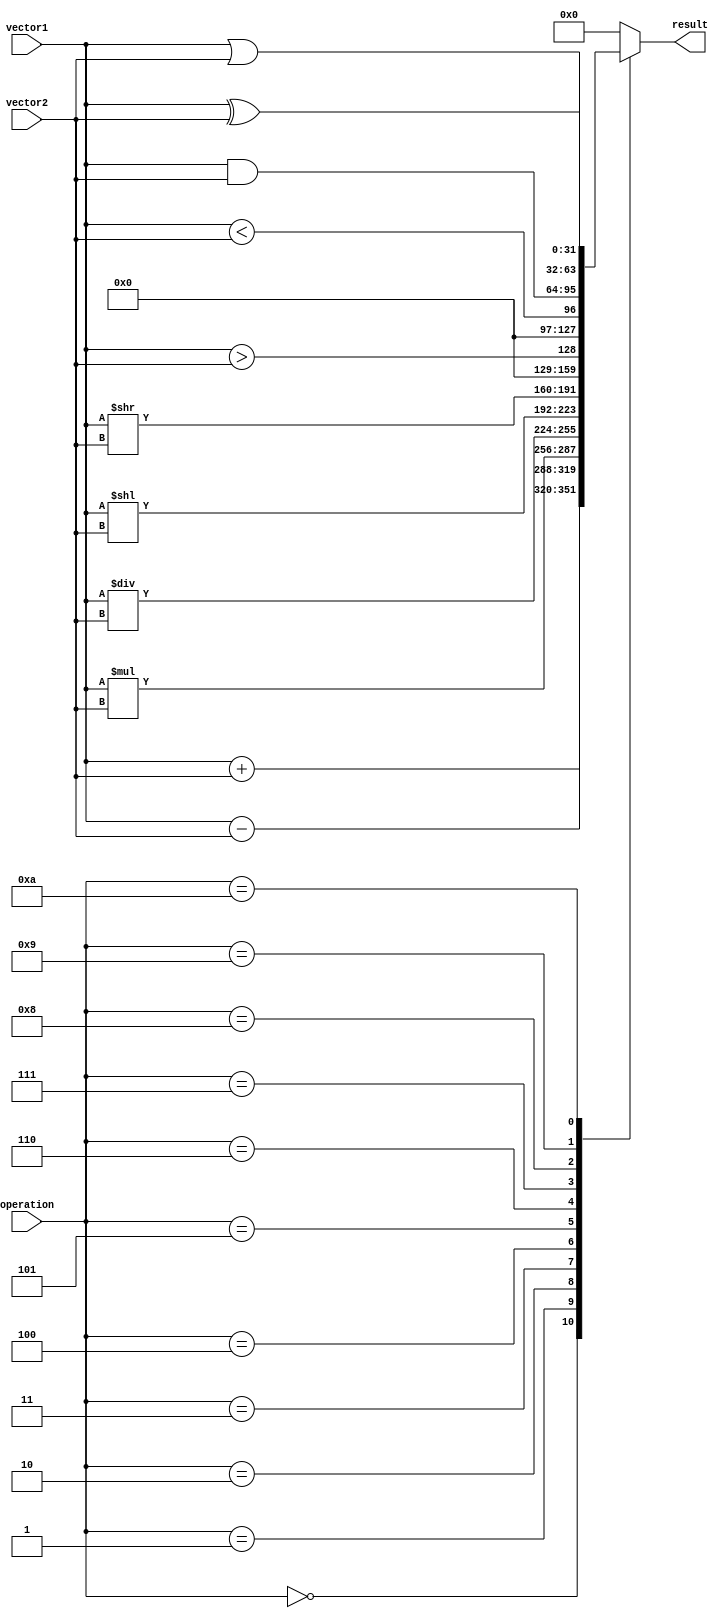
module VectorALU (
  input wire [31:0] vector1,
  input wire [31:0] vector2,
  input wire [3:0] operation,
  output wire [31:0] result
);

  always @(*) begin
    case(operation)
      4'b0000: result = vector1 + vector2; // addition
      4'b0001: result = vector1 - vector2; // subtraction
      4'b0010: result = vector1 * vector2; // multiplication
      4'b0011: result = vector1 / vector2; // division
      4'b0100: result = vector1 << vector2; // left shift
      4'b0101: result = vector1 >> vector2; // right shift
      4'b0110: result = vector1 > vector2; // greater than comparison
      4'b0111: result = vector1 < vector2; // less than comparison
      4'b1000: result = vector1 & vector2; // bitwise AND
      4'b1001: result = vector1 | vector2; // bitwise OR
      4'b1010: result = vector1 ^ vector2; // bitwise XOR
      default: result = 32'h0; // default value
    endcase
  end

endmodule